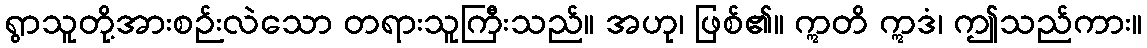
ရွာသူတို့အားစဉ်းလဲသော တရားသူကြီးသည်။ အဟု၊ ဖြစ်၏။ ဣတိ ဣဒံ၊ ဤသည်ကား။